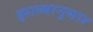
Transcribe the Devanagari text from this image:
झाल्यानुसार